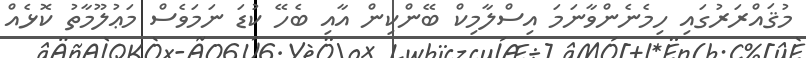
މުޤައްރަރުގައި ހިމެނެންވާނަމަ އިސްލާމިކް ބޭންކިން އާއި ބެހޭ ކުޑަ ނަމަވެސް މަޢުލޫމާތު ކޮޅެއް